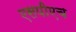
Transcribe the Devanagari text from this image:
एसपीएच